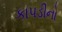
કાપડીનો